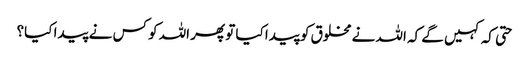
حتی کہ کہیں گے کہ اللہ نے مخلوق کو پیدا کیا تو پھر اللہ کو کس نے پیدا کیا؟